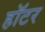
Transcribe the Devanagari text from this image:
हॉटर